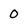
Character: 0